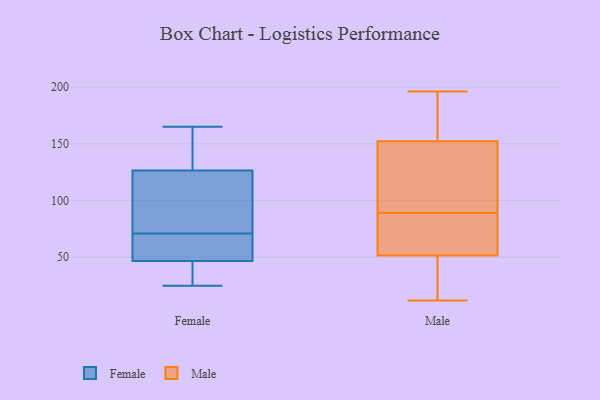
{"axis": {"x": "Inventory Turnover", "y": "Value"}, "legend": ["Female", "Male"], "data": [{"x": "", "y": 156, "type": "Female"}, {"x": "", "y": 48, "type": "Female"}, {"x": "", "y": 125, "type": "Female"}, {"x": "", "y": 34, "type": "Female"}, {"x": "", "y": 42, "type": "Female"}, {"x": "", "y": 131, "type": "Female"}, {"x": "", "y": 165, "type": "Female"}, {"x": "", "y": 54, "type": "Female"}, {"x": "", "y": 98, "type": "Female"}, {"x": "", "y": 88, "type": "Female"}, {"x": "", "y": 60, "type": "Female"}, {"x": "", "y": 43, "type": "Female"}, {"x": "", "y": 155, "type": "Female"}, {"x": "", "y": 71, "type": "Female"}, {"x": "", "y": 25, "type": "Female"}, {"x": "", "y": 71, "type": "Female"}, {"x": "", "y": 118, "type": "Female"}, {"x": "", "y": 196, "type": "Male"}, {"x": "", "y": 56, "type": "Male"}, {"x": "", "y": 50, "type": "Male"}, {"x": "", "y": 150, "type": "Male"}, {"x": "", "y": 124, "type": "Male"}, {"x": "", "y": 86, "type": "Male"}, {"x": "", "y": 167, "type": "Male"}, {"x": "", "y": 177, "type": "Male"}, {"x": "", "y": 45, "type": "Male"}, {"x": "", "y": 12, "type": "Male"}, {"x": "", "y": 39, "type": "Male"}, {"x": "", "y": 87, "type": "Male"}, {"x": "", "y": 112, "type": "Male"}, {"x": "", "y": 153, "type": "Male"}, {"x": "", "y": 89, "type": "Male"}]}